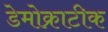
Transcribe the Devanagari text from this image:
डेमोक्राटीक